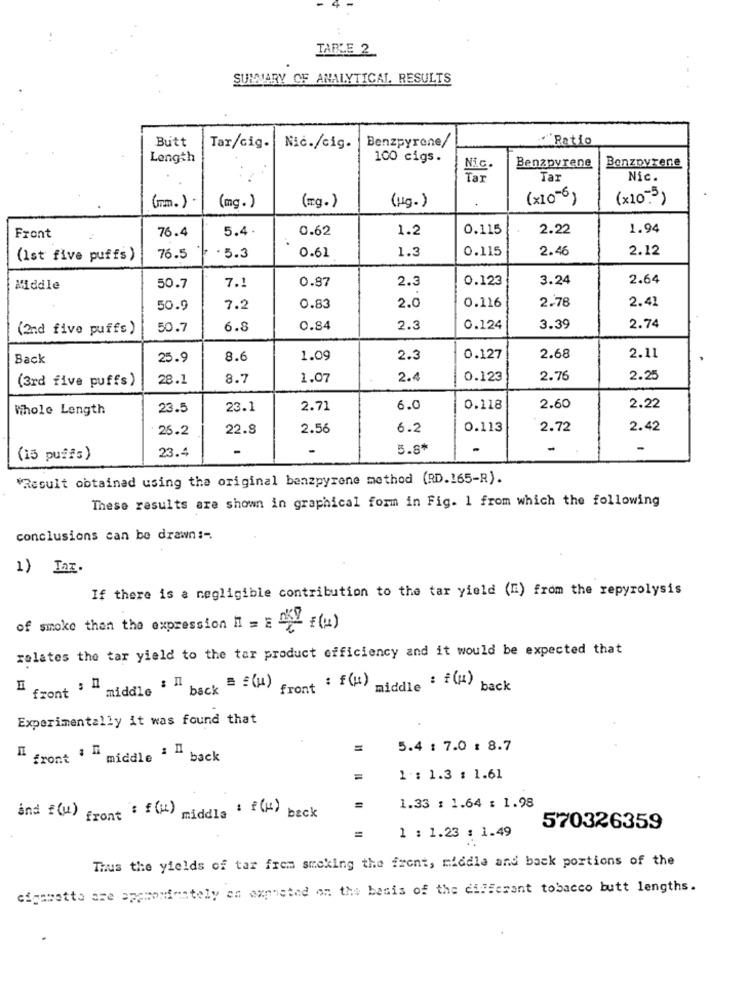
TABLE 2
SUMMARY OF ANALYTICAL, RESULTS
Butt
Benzpyrene/
· "Ratio
Tar/cig.
Nic./cig.
Length
100 cigs.
NI.C.
Benzpyrene
Benzpyrene
Tar
Nic.
(×10-6)
(x10.3)
(m. )
(mg. )
(mg. )
(Hg.)
76.4
5.4
0.62
1.2
0.115
2.22
1.94
Front
0.61
0.115
2.46
2.12
(Ist five puffs)
76.5
. 5.3
1.3
0.87
2.3
0.123
3.24
2.64
Middle
50.7
7.
2.78
2.41
50.9
7.2
0.83
2.0
0.116
(2nd five puffs)
50.7
6.8
0.84
2.3
0.124
3.39
2.74
Back
25.9
8.6
1.09
2.3
0.127
2.68
2.11
(3rd five puffs)
28.1
8.7
1.07
2.4
0.123
2.76
2.25
Whole Length
23.5
23.1
2.71
6.0
0.118
2.60
2.22
25.2
22.8
2.56
6.2
0.113
2.72
2.42
23.4
5.8*
-
-
(15 puffs)
"Result obtained using the original benzpyrene method (RD.165-R).
These results are shown in graphical form in Fig. 1 from which the following
conclusions can be drawn :-
1) InE.
If there is a negligible contribution to the tar yield (n) from the repyrolysis
of smoke than the expression Il = E DAL (u)
ralates the tar yield to the tar product efficiency and it would be expected that
front ; h
middle ' " back = = (4)
front : (1)
'middle : f(4) back
Experimentally it was found that
=
5.4 : 7.0 : 8.7
Il front 1 I
: " middle ' " back
1 : 1.3 : 1.61
1.33 : 1.64 : 1.98
and f(u) front : f(i) middle & f(H) back
=
570326359
1 : 1.23 : 1.49
Thus the yields of tar frem smoking the front, middle and back portions of the
motta are approximately en expheted on the basis of the different tobacco butt lengths.